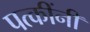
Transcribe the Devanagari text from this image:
पत्कींनी